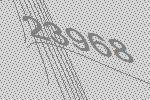
23968